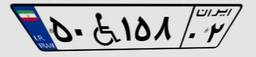
۳۸W۱۹۵۷۸